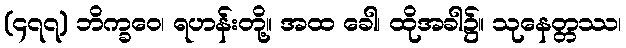
(၄၇၇) ဘိက္ခဝေ၊ ရဟန်းတို့။ အထ ခေါ၊ ထိုအခါ၌။ သုနေတ္တဿ၊